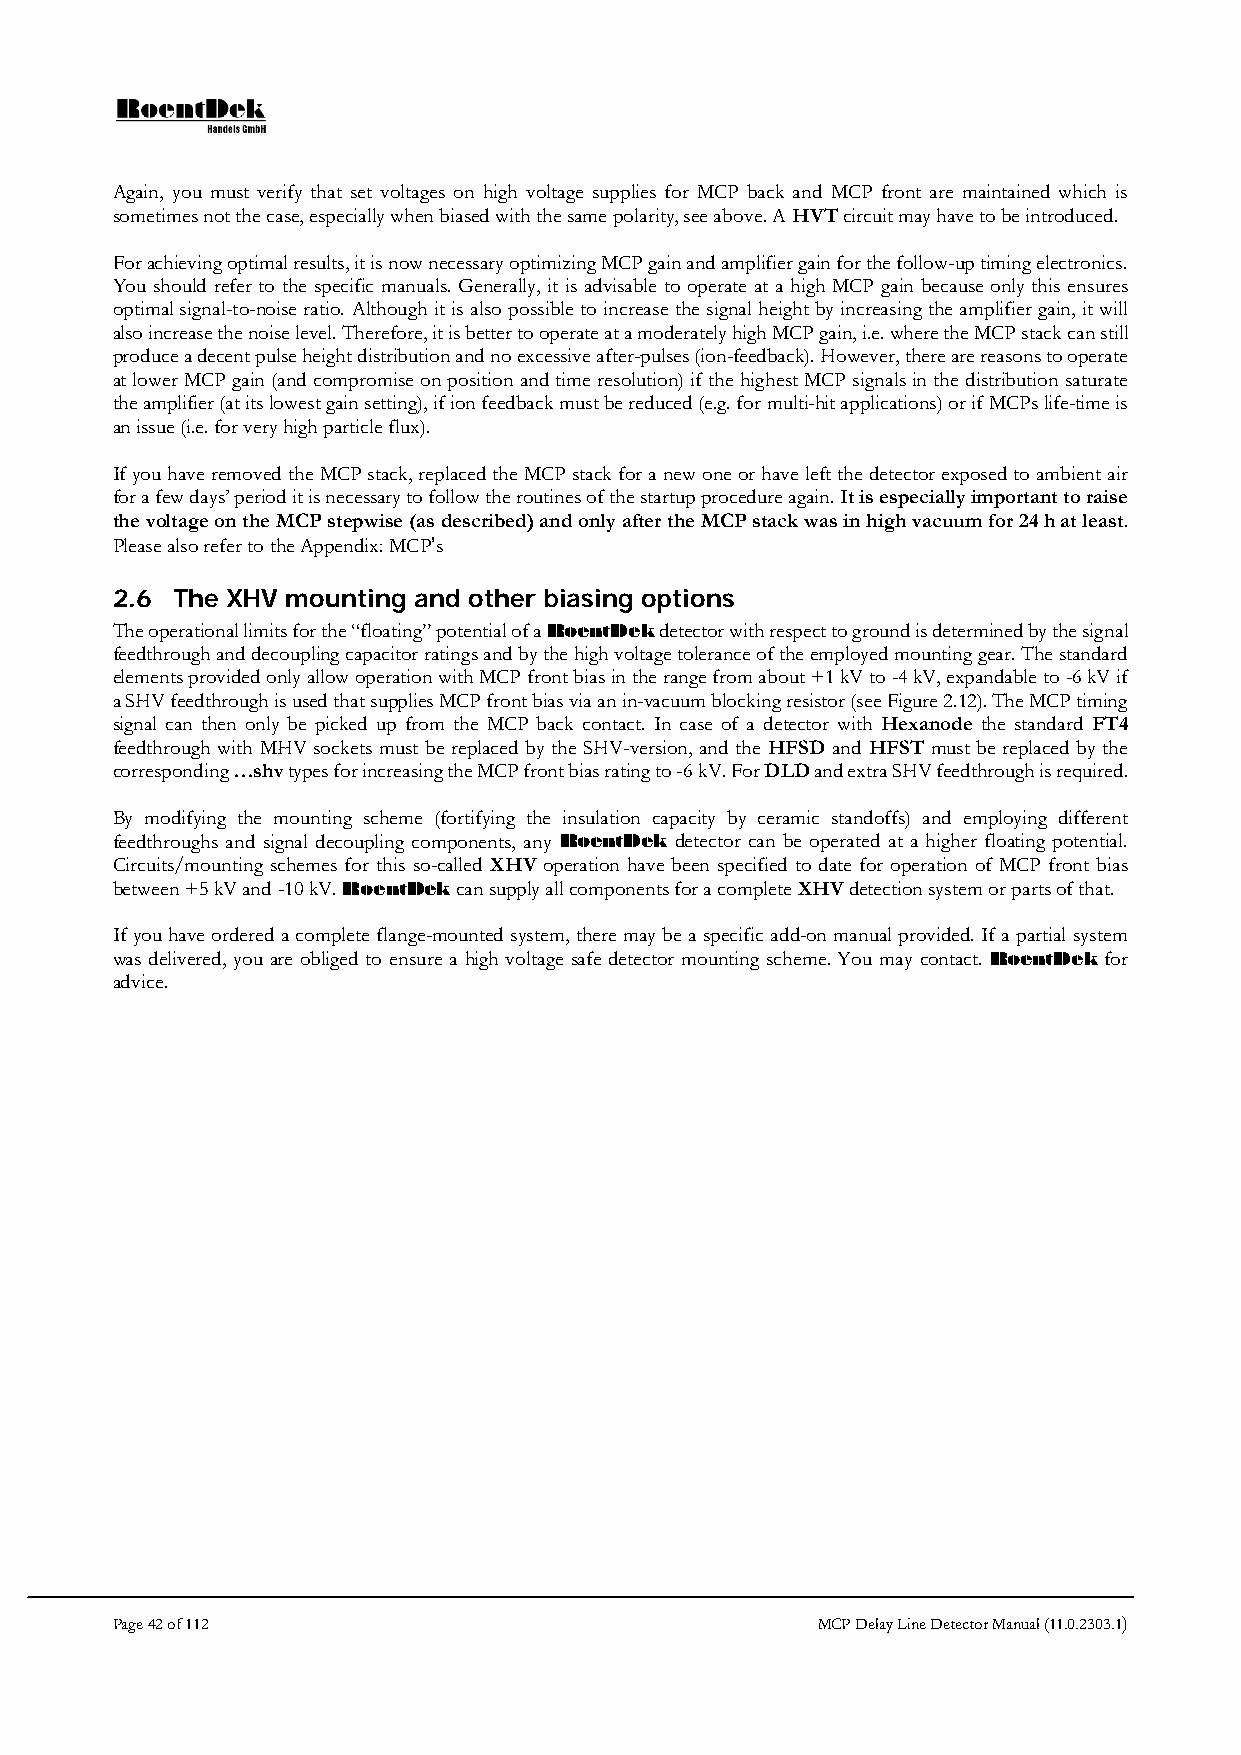
Again, you must verify that set voltages on high voltage supplies for MCP back and MCP front are maintained which is
 sometimes not the case, especially when biased with the same polarity, see above. A HVT circuit may have to be introduced.
 For achieving optimal results, it is now necessary optimizing MCP gain and amplifier gain for the follow-up timing electronics.
 You should refer to the specific manuals. Generally, it is advisable to operate at a high MCP gain because only this ensures
 optimal signal-to-noise ratio. Although it is also possible to increase the signal height by increasing the amplifier gain, it will
 also increase the noise level. Therefore, it is better to operate at a moderately high MCP gain, i.e. where the MCP stack can still
 produce a decent pulse height distribution and no excessive after-pulses (ion-feedback). However, there are reasons to operate
 at lower MCP gain (and compromise on position and time resolution) if the highest MCP signals in the distribution saturate
 the amplifier (at its lowest gain setting), if ion feedback must be reduced (e.g. for multi-hit applications) or if MCPs life-time is
 an issue (i.e. for very high particle flux).
 If you have removed the MCP stack, replaced the MCP stack for a new one or have left the detector exposed to ambient air
 for a few days’ period it is necessary to follow the routines of the startup procedure again. It is especially important to raise
 the voltage on the MCP stepwise (as described) and only after the MCP stack was in high vacuum for 24 h at least.
 Please also refer to the Appendix: MCP’s
 2.6 The XHV mounting and other biasing options
 The operational limits for the “floating” potential of a RoentDek detector with respect to ground is determined by the signal
 feedthrough and decoupling capacitor ratings and by the high voltage tolerance of the employed mounting gear. The standard
 elements provided only allow operation with MCP front bias in the range from about +1 kV to -4 kV, expandable to -6 kV if
 a SHV feedthrough is used that supplies MCP front bias via an in-vacuum blocking resistor (see Figure 2.12). The MCP timing
 signal can then only be picked up from the MCP back contact. In case of a detector with Hexanode the standard FT4
 feedthrough with MHV sockets must be replaced by the SHV-version, and the HFSD and HFST must be replaced by the
 corresponding …shv types for increasing the MCP front bias rating to -6 kV. For DLD and extra SHV feedthrough is required.
 By modifying the mounting scheme (fortifying the insulation capacity by ceramic standoffs) and employing different
 feedthroughs and signal decoupling components, any RoentDek detector can be operated at a higher floating potential.
 Circuits/mounting schemes for this so-called XHV operation have been specified to date for operation of MCP front bias
 between +5 kV and -10 kV. RoentDek can supply all components for a complete XHV detection system or parts of that.
 If you have ordered a complete flange-mounted system, there may be a specific add-on manual provided. If a partial system
 was delivered, you are obliged to ensure a high voltage safe detector mounting scheme. You may contact. RoentDek for
 advice.
 Page 42 of 112                                 MCP Delay Line Detector Manual (11.0.2303.1)